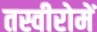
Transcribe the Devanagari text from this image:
तस्वीरोमें